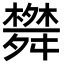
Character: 𦨀